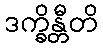
ဒက္ခိန္တီတိ